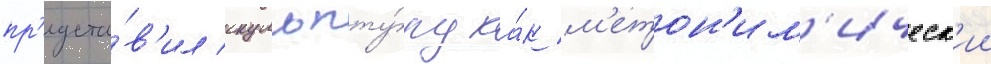
пр'едста́в'ил скульпту́ру ка́к м'етон'им'ическ'ии